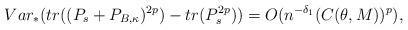
LaTeX: \begin{align*} Var_{*}(tr((P_s+P_{B,\kappa})^{2p})-tr(P_s^{2p}))=O(n^{-\delta_1}(C(\theta,M))^{p}),\end{align*}